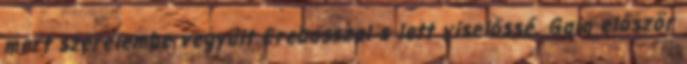
mert szerelembe vegyült Erebosszal s lett viselőssé. Gaia először